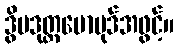
ဒွိပဒုတ္တမောပုဒ်အဖွင့်။